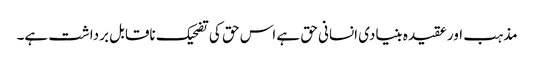
مذہب اور عقیدہ بنیادی انسانی حق ہے اس حق کی تضحیک ناقابل برداشت ہے۔